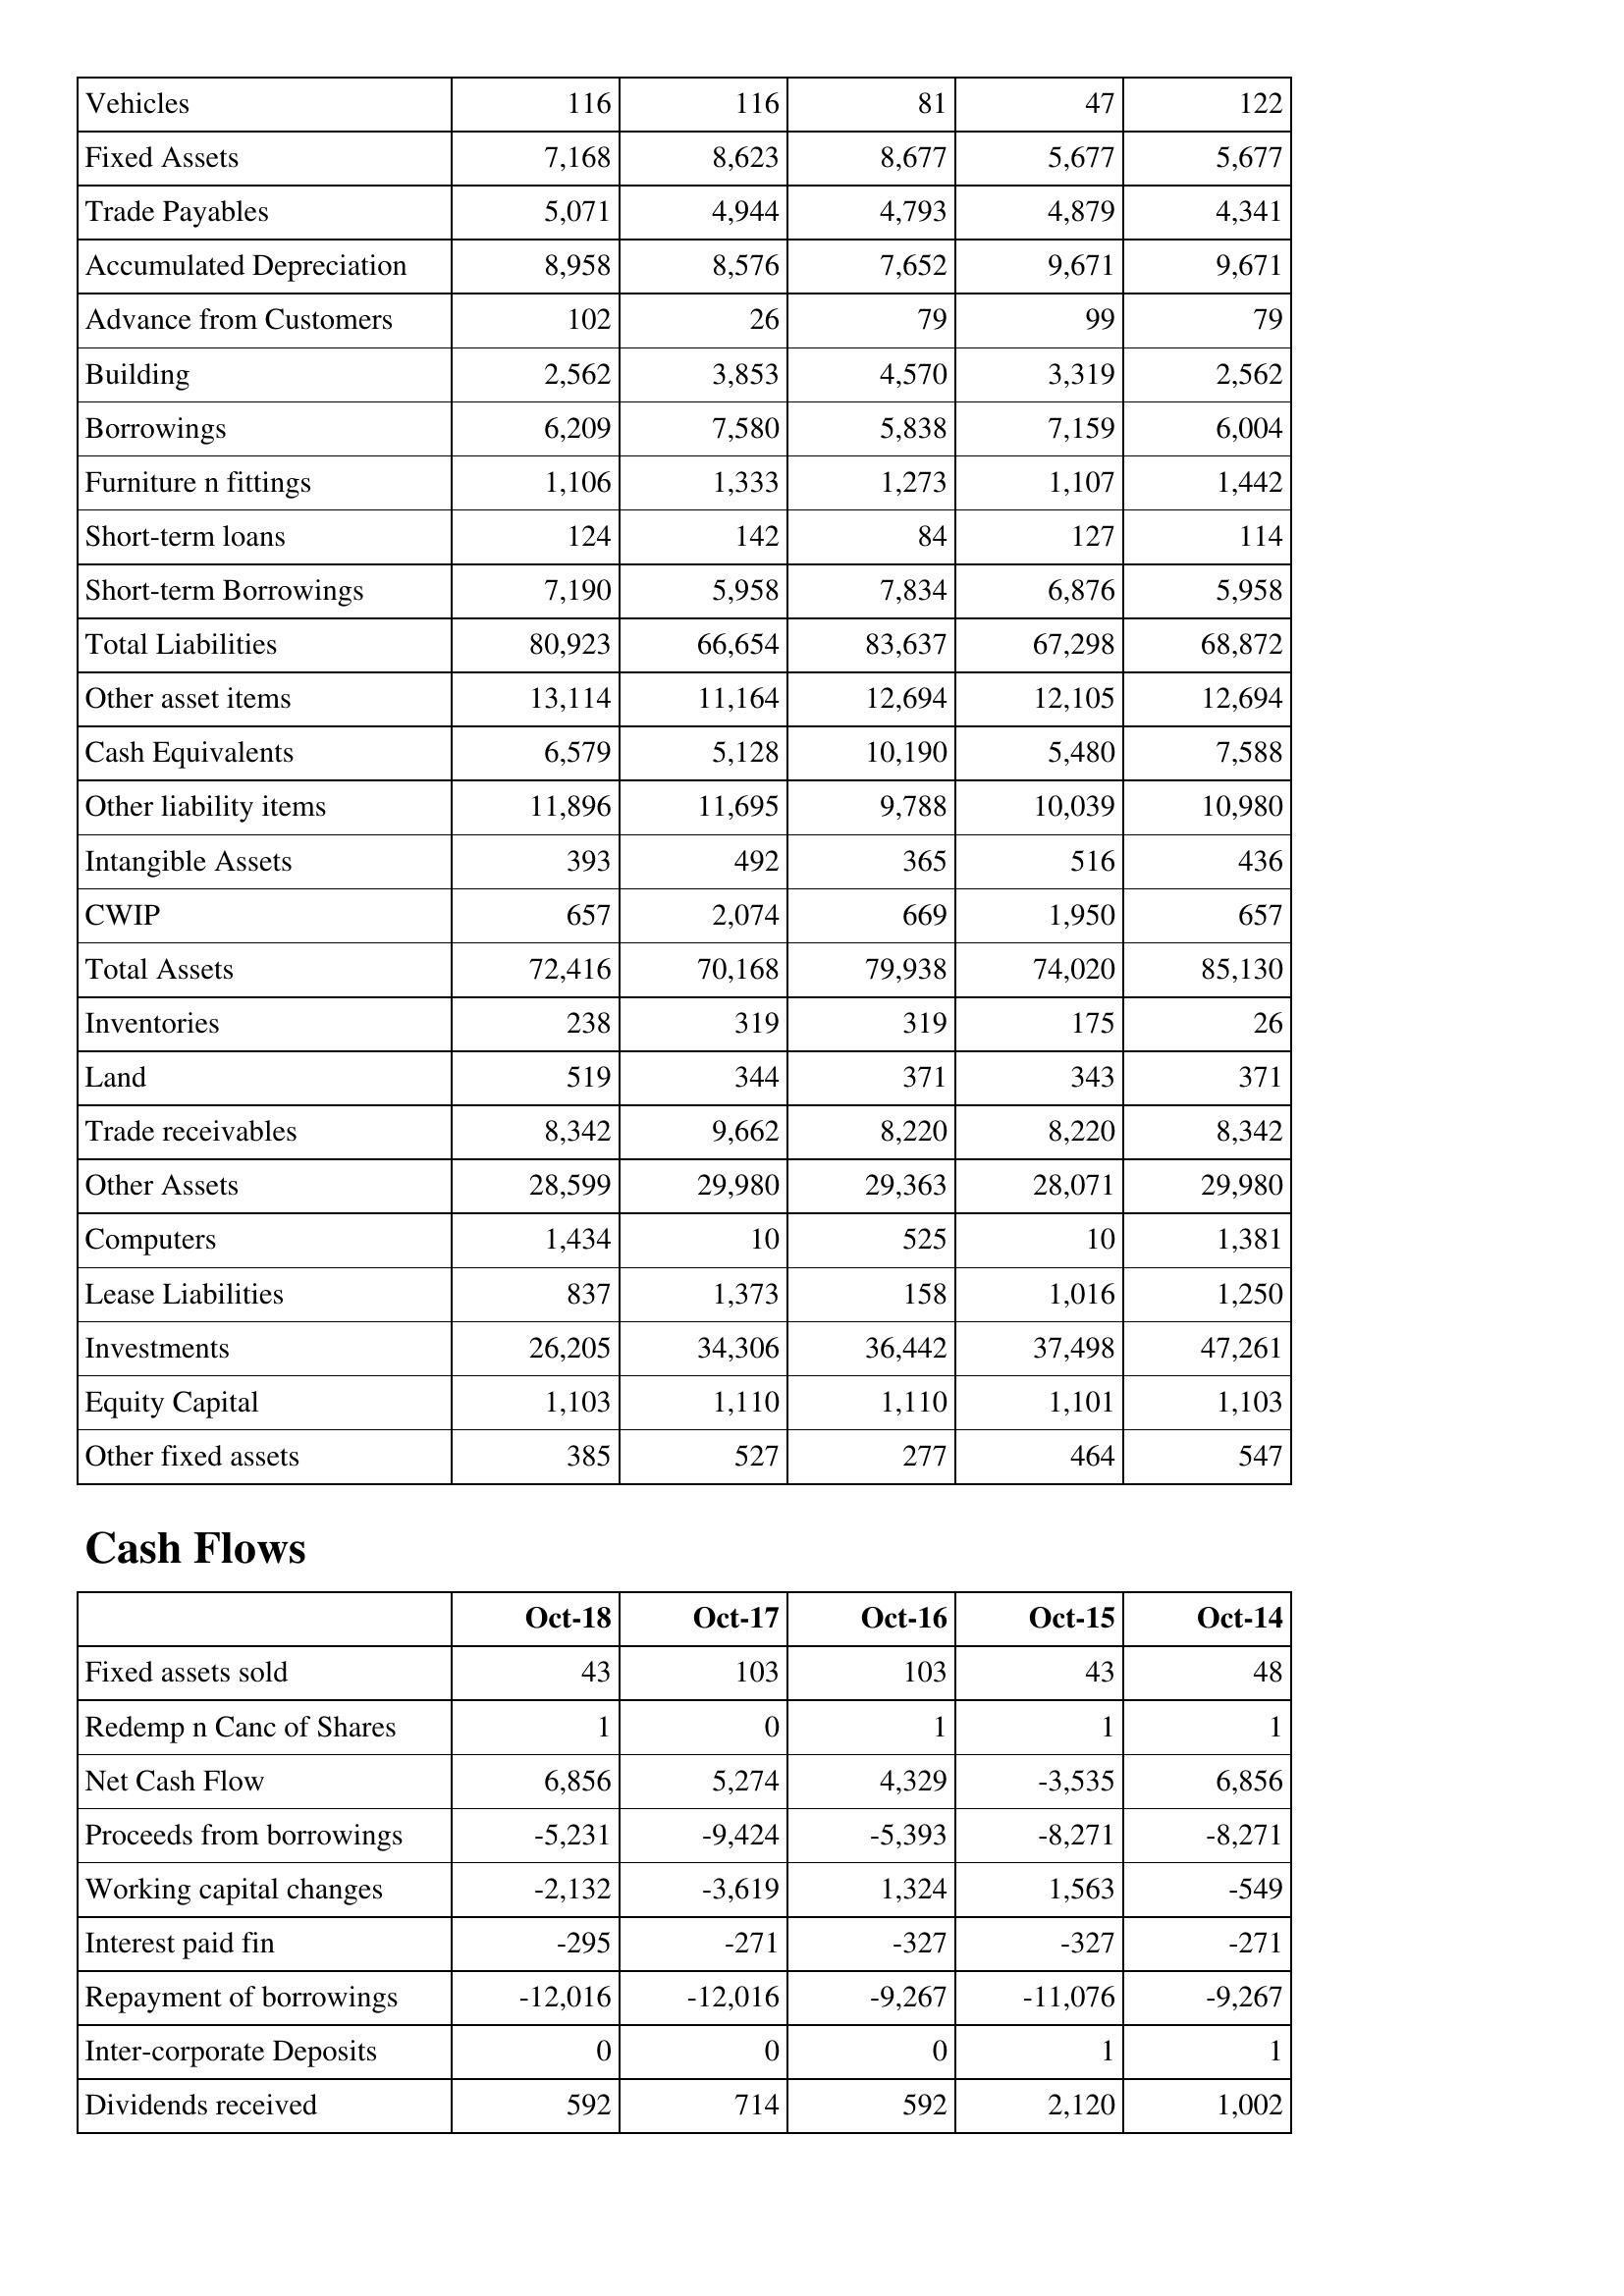
Oct-18: Balance Sheet: Vehicles: 116
Fixed Assets: 7,168
Trade Payables: 5,071
Accumulated Depreciation: 8,958
Advance from Customers: 102
Building: 2,562
Borrowings: 6,209
Furniture n fittings: 1,106
Short-term loans: 124
Short-term Borrowings: 7,190
Total Liabilities: 80,923
Other asset items: 13,114
Cash Equivalents: 6,579
Other liability items: 11,896
Intangible Assets: 393
CWIP: 657
Total Assets: 72,416
Inventories: 238
Land: 519
Trade receivables: 8,342
Other Assets: 28,599
Computers: 1,434
Lease Liabilities: 837
Investments: 26,205
Equity Capital: 1,103
Other fixed assets: 385
Cash Flows: Fixed assets sold: 43
Redemp n Canc of Shares: 1
Net Cash Flow: 6,856
Proceeds from borrowings: -5,231
Working capital changes: -2,132
Interest paid fin: -295
Repayment of borrowings: -12,016
Inter-corporate Deposits: 0
Dividends received: 592
Oct-17: Balance Sheet: Vehicles: 116
Fixed Assets: 8,623
Trade Payables: 4,944
Accumulated Depreciation: 8,576
Advance from Customers: 26
Building: 3,853
Borrowings: 7,580
Furniture n fittings: 1,333
Short-term loans: 142
Short-term Borrowings: 5,958
Total Liabilities: 66,654
Other asset items: 11,164
Cash Equivalents: 5,128
Other liability items: 11,695
Intangible Assets: 492
CWIP: 2,074
Total Assets: 70,168
Inventories: 319
Land: 344
Trade receivables: 9,662
Other Assets: 29,980
Computers: 10
Lease Liabilities: 1,373
Investments: 34,306
Equity Capital: 1,110
Other fixed assets: 527
Cash Flows: Fixed assets sold: 103
Redemp n Canc of Shares: 0
Net Cash Flow: 5,274
Proceeds from borrowings: -9,424
Working capital changes: -3,619
Interest paid fin: -271
Repayment of borrowings: -12,016
Inter-corporate Deposits: 0
Dividends received: 714
Oct-16: Balance Sheet: Vehicles: 81
Fixed Assets: 8,677
Trade Payables: 4,793
Accumulated Depreciation: 7,652
Advance from Customers: 79
Building: 4,570
Borrowings: 5,838
Furniture n fittings: 1,273
Short-term loans: 84
Short-term Borrowings: 7,834
Total Liabilities: 83,637
Other asset items: 12,694
Cash Equivalents: 10,190
Other liability items: 9,788
Intangible Assets: 365
CWIP: 669
Total Assets: 79,938
Inventories: 319
Land: 371
Trade receivables: 8,220
Other Assets: 29,363
Computers: 525
Lease Liabilities: 158
Investments: 36,442
Equity Capital: 1,110
Other fixed assets: 277
Cash Flows: Fixed assets sold: 103
Redemp n Canc of Shares: 1
Net Cash Flow: 4,329
Proceeds from borrowings: -5,393
Working capital changes: 1,324
Interest paid fin: -327
Repayment of borrowings: -9,267
Inter-corporate Deposits: 0
Dividends received: 592
Oct-15: Balance Sheet: Vehicles: 47
Fixed Assets: 5,677
Trade Payables: 4,879
Accumulated Depreciation: 9,671
Advance from Customers: 99
Building: 3,319
Borrowings: 7,159
Furniture n fittings: 1,107
Short-term loans: 127
Short-term Borrowings: 6,876
Total Liabilities: 67,298
Other asset items: 12,105
Cash Equivalents: 5,480
Other liability items: 10,039
Intangible Assets: 516
CWIP: 1,950
Total Assets: 74,020
Inventories: 175
Land: 343
Trade receivables: 8,220
Other Assets: 28,071
Computers: 10
Lease Liabilities: 1,016
Investments: 37,498
Equity Capital: 1,101
Other fixed assets: 464
Cash Flows: Fixed assets sold: 43
Redemp n Canc of Shares: 1
Net Cash Flow: -3,535
Proceeds from borrowings: -8,271
Working capital changes: 1,563
Interest paid fin: -327
Repayment of borrowings: -11,076
Inter-corporate Deposits: 1
Dividends received: 2,120
Oct-14: Balance Sheet: Vehicles: 122
Fixed Assets: 5,677
Trade Payables: 4,341
Accumulated Depreciation: 9,671
Advance from Customers: 79
Building: 2,562
Borrowings: 6,004
Furniture n fittings: 1,442
Short-term loans: 114
Short-term Borrowings: 5,958
Total Liabilities: 68,872
Other asset items: 12,694
Cash Equivalents: 7,588
Other liability items: 10,980
Intangible Assets: 436
CWIP: 657
Total Assets: 85,130
Inventories: 26
Land: 371
Trade receivables: 8,342
Other Assets: 29,980
Computers: 1,381
Lease Liabilities: 1,250
Investments: 47,261
Equity Capital: 1,103
Other fixed assets: 547
Cash Flows: Fixed assets sold: 48
Redemp n Canc of Shares: 1
Net Cash Flow: 6,856
Proceeds from borrowings: -8,271
Working capital changes: -549
Interest paid fin: -271
Repayment of borrowings: -9,267
Inter-corporate Deposits: 1
Dividends received: 1,002